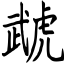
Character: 虣